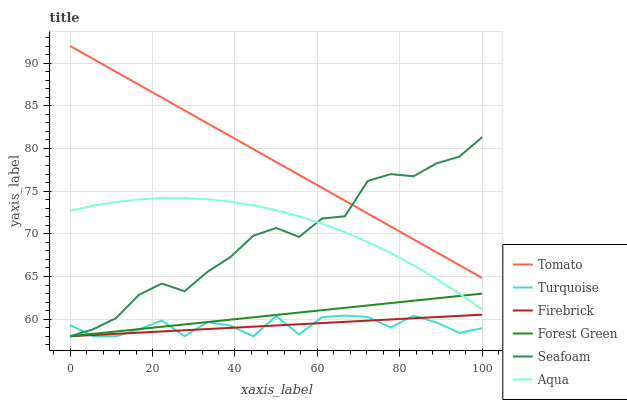
| xaxis_label | Tomato | Turquoise | Firebrick | Forest Green | Seafoam | Aqua |
 | --- | --- | --- | --- | --- | --- | --- |
 | 0 | 92 | 59.3 | 58 | 58 | 58 | 72.7 |
 | 5.56 | 90.5 | 58 | 58.1 | 58.3 | 58.8 | 73.3 |
 | 11.1 | 89 | 58 | 58.3 | 58.6 | 60.1 | 73.7 |
 | 16.7 | 87.5 | 58.8 | 58.4 | 58.8 | 62.8 | 74 |
 | 22.2 | 86 | 59.9 | 58.6 | 59.1 | 64.2 | 74.2 |
 | 27.8 | 84.5 | 58 | 58.7 | 59.4 | 63.3 | 74.2 |
 | 33.3 | 82.9 | 59.7 | 58.8 | 59.7 | 65.6 | 74 |
 | 38.9 | 81.4 | 59.2 | 59 | 59.9 | 67.3 | 73.8 |
 | 44.4 | 79.9 | 58 | 59.1 | 60.2 | 69.8 | 73.3 |
 | 50 | 78.4 | 60.3 | 59.3 | 60.5 | 70.7 | 72.8 |
 | 55.6 | 76.9 | 58.2 | 59.4 | 60.8 | 69.6 | 72.1 |
 | 61.1 | 75.4 | 60.2 | 59.5 | 61.1 | 71.8 | 71.2 |
 | 66.7 | 73.9 | 60.4 | 59.7 | 61.3 | 72.1 | 70.2 |
 | 72.2 | 72.4 | 60.3 | 59.8 | 61.6 | 76.2 | 69 |
 | 77.8 | 70.9 | 59 | 60 | 61.9 | 77 | 67.8 |
 | 83.3 | 69.4 | 60.4 | 60.1 | 62.2 | 76.7 | 66.3 |
 | 88.9 | 67.8 | 59.6 | 60.2 | 62.4 | 78.2 | 64.7 |
 | 94.4 | 66.3 | 58.4 | 60.4 | 62.7 | 79 | 63 |
 | 100 | 64.8 | 58.9 | 60.5 | 63 | 81.3 | 61.1 |